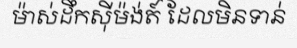
ម៉ាស់ដឹកស៊ីម៉ង់ត៍ ដែលមិនទាន់